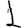
Digit: 1